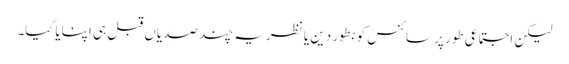
لیکن اجتماعی طور پر سائنس کو بطور دین یا نظریہ چند صدیاں قبل ہی اپنایا گیا۔